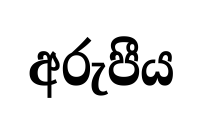
අරුපීය